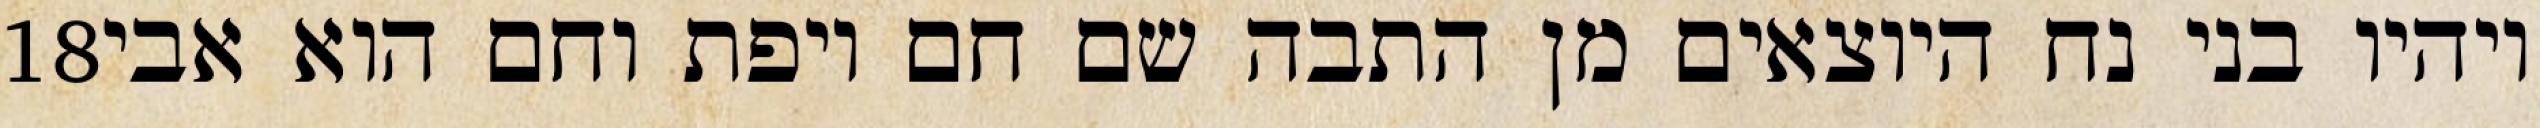
‎18‏ ויהיו בני נח היוצאים מן התבה שם חם ויפת וחם הוא אבי